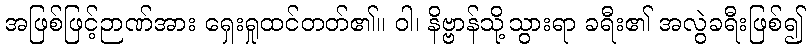
အဖြစ်ဖြင့်ဉာဏ်အား ရှေးရှုထင်တတ်၏။ ဝါ၊ နိဗ္ဗာန်သို့သွားရာ ခရီး၏ အလွဲခရီးဖြစ်၍